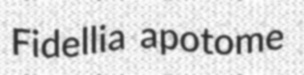
Fidellia apotome